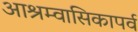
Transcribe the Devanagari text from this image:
आश्रम्वासिकापर्व